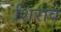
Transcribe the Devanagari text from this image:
शिराव